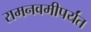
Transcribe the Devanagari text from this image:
रामनवमीपर्यंत